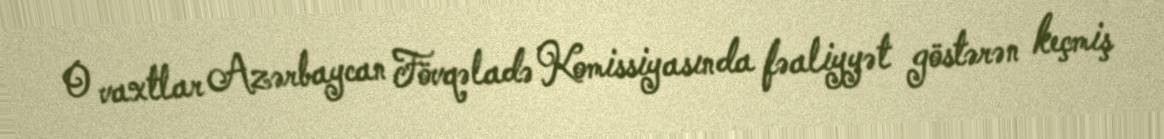
O vaxtlar Azərbaycan Fövqəladə Komissiyasında fəaliyyət göstərən keçmiş